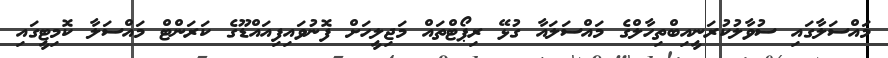
މައްސަލާގައި ސުވާލުކުރަނީއިބްތިހާލްގެ މައްސަލައާ ގުޅޭ ރިޕޯޓްތައް މަޖިލީހަށް ފޮނުވައިފިއައްޑޫގެ ކަރަންޓް މައްސަލާ ކޮމިޓީގައި